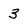
Character: 3